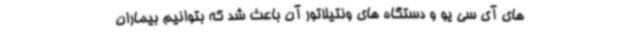
های آی سی یو و دستگاه های ونتیلاتور آن باعث شد که بتوانیم بیماران